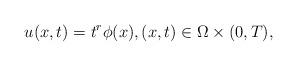
LaTeX: \begin{align*} u(x,t) = t^r \phi(x), (x,t) \in \Omega \times (0,T),\end{align*}